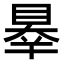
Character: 𥇝